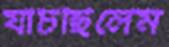
যাচছিলেম